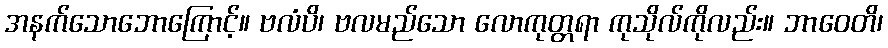
အနက်သောဘောကြောင့်။ ဗလံပိ၊ ဗလမည်သော လောကုတ္တရာ ကုသိုလ်ကိုလည်း။ ဘာဝေတိ၊